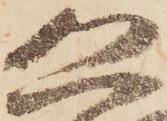
恐